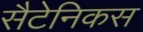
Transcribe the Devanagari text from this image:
सैटेनिकस